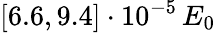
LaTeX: [6.6,9.4]\cdot 10^{-5}\, E_{0}